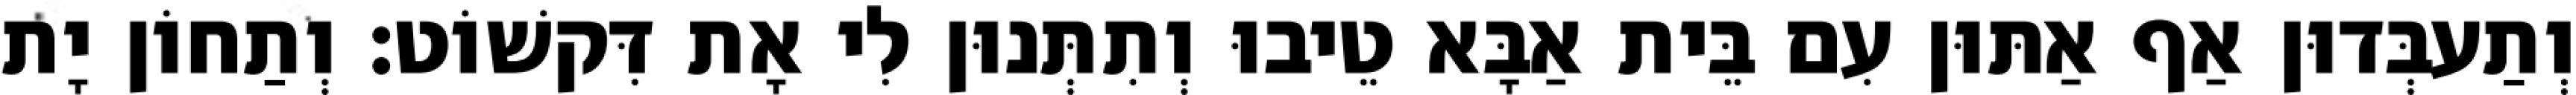
וְתַעבְּדוּן אַף אַתּוּן עִם בֵּית אַבָּא טֵיבוּ וְתִתְּנוּן לִי אָת דִּקשׁוֹט׃ וְתַחוֹן יָת